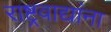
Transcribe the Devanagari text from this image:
राष्ट्रवाद्यांना